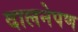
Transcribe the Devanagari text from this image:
दालनेपण